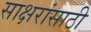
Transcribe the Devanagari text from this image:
साक्षरांसाठी